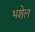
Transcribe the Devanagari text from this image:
भशेल